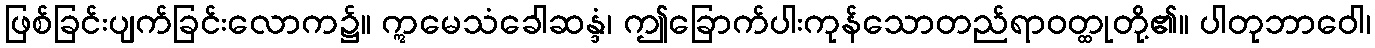
ဖြစ်ခြင်းပျက်ခြင်းလောက၌။ ဣမေသံခေါဆန္ဒံ၊ ဤခြောက်ပါးကုန်သောတည်ရာဝတ္ထုတို့၏။ ပါတုဘာဝေါ၊